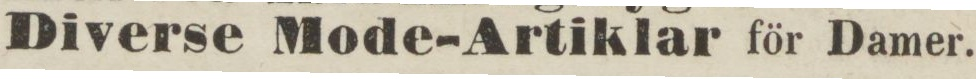
Diverse Mode-Artiklar för Damer.